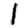
Digit: 1